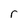
Character: r